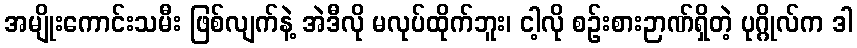
အမျိုးကောင်းသမီး ဖြစ်လျက်နဲ့ အဲဒီလို မလုပ်ထိုက်ဘူး၊ ငါ့လို စဉ်းစားဉာဏ်ရှိတဲ့ ပုဂ္ဂိုလ်က ဒါ